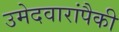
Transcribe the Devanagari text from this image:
उमेदवारांपैकी